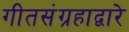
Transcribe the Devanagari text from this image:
गीतसंग्रहाद्वारे